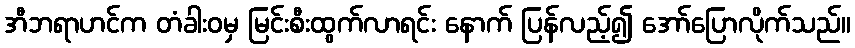
အီဘရာဟင်က တံခါးဝမှ မြင်းစီးထွက်လာရင်း နောက် ပြန်လည့်၍ အော်ပြောလိုက်သည်။